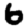
Digit: 6